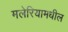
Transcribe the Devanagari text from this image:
मलेरियामधील